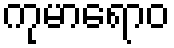
ကုမာရောဝ